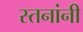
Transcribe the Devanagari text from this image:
स्तनांनी